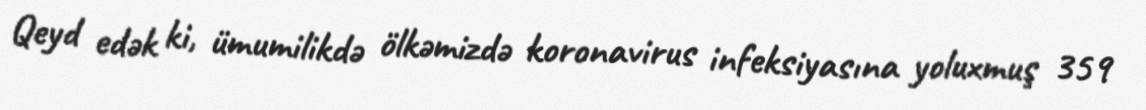
Qeyd edək ki, ümumilikdə ölkəmizdə koronavirus infeksiyasına yoluxmuş 359